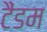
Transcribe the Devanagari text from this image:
टैंडम